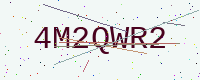
Text: 4M2QWR2